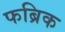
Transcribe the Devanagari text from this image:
फब्रिक